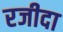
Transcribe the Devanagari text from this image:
रजीदा